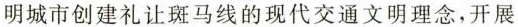
明城市创建礼让斑马线的现代交通文明理念，开展